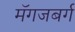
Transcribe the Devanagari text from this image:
मॅगजबर्ग